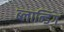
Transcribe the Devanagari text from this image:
ब्लान्डिंग